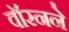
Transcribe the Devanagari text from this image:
वॉरनने